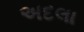
અદલા